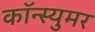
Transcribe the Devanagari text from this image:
कॉन्स्युमर